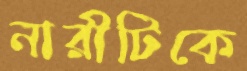
নারীটিকে